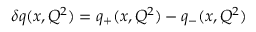
\delta q ( x , Q ^ { 2 } ) = q _ { + } ( x , Q ^ { 2 } ) - q _ { - } ( x , Q ^ { 2 } )